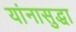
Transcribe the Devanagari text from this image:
यांनासुद्धा